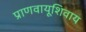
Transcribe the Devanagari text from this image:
प्राणवायूशिवाय